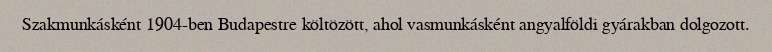
Szakmunkásként 1904-ben Budapestre költözött, ahol vasmunkásként angyalföldi gyárakban dolgozott.